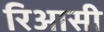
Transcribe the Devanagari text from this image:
रिआसी